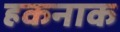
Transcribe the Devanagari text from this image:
हकनाक